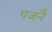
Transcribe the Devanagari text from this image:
पजनै